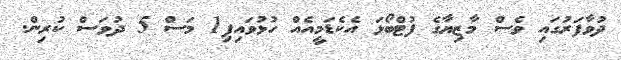
ދުވާފަރުގައި ވެސް މާޒިޔާގެ ފުޓްބޯޅަ އެކެޑަމީއެއް ހުޅުވައިފި1 މަސް 5 ދުވަސް ކުރިން.